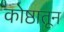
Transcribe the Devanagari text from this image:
कोष्ठातून